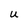
Character: U